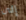
إلى